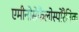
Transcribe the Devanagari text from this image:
एमीनोसेफैलोस्पोरैनिक